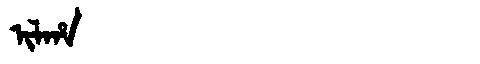
Manchu: ᡳᠯᡥᠠ
Romanization: ILHA